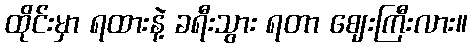
ထိုင်းမှာ ရထားနဲ့ ခရီးသွား ရတာ ဈေးကြီးလား။